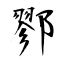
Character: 鄝